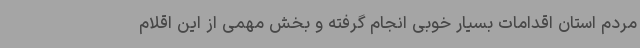
مردم استان اقدامات بسیار خوبی انجام گرفته و بخش مهمی از این اقلام